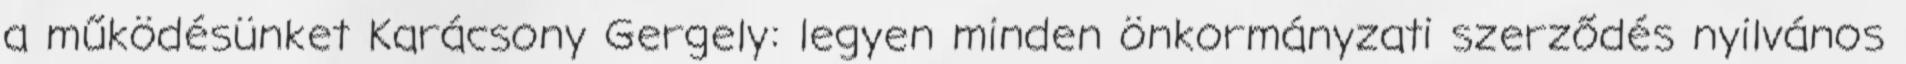
a működésünket Karácsony Gergely: legyen minden önkormányzati szerződés nyilvános